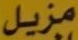
مزيل